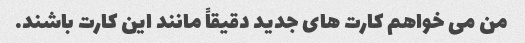
من می خواهم کارت های جدید دقیقاً مانند این کارت باشند.